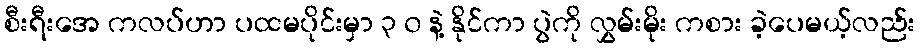
စီးရီးအေ ကလပ်ဟာ ပထမပိုင်းမှာ ၃ ၀ နဲ့ နိုင်ကာ ပွဲကို လွှမ်းမိုး ကစား ခဲ့ပေမယ့်လည်း